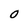
Character: O